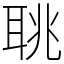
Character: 聎